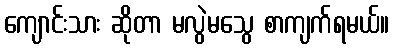
ကျောင်းသား ဆိုတာ မလွဲမသွေ စာကျက်ရမယ်။